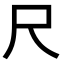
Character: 尺